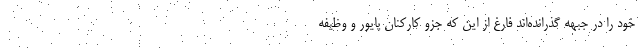
خود را در جبهه گذرانده‌اند فارغ از این که جزو کارکنان پایور و وظیفه